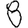
Digit: 8